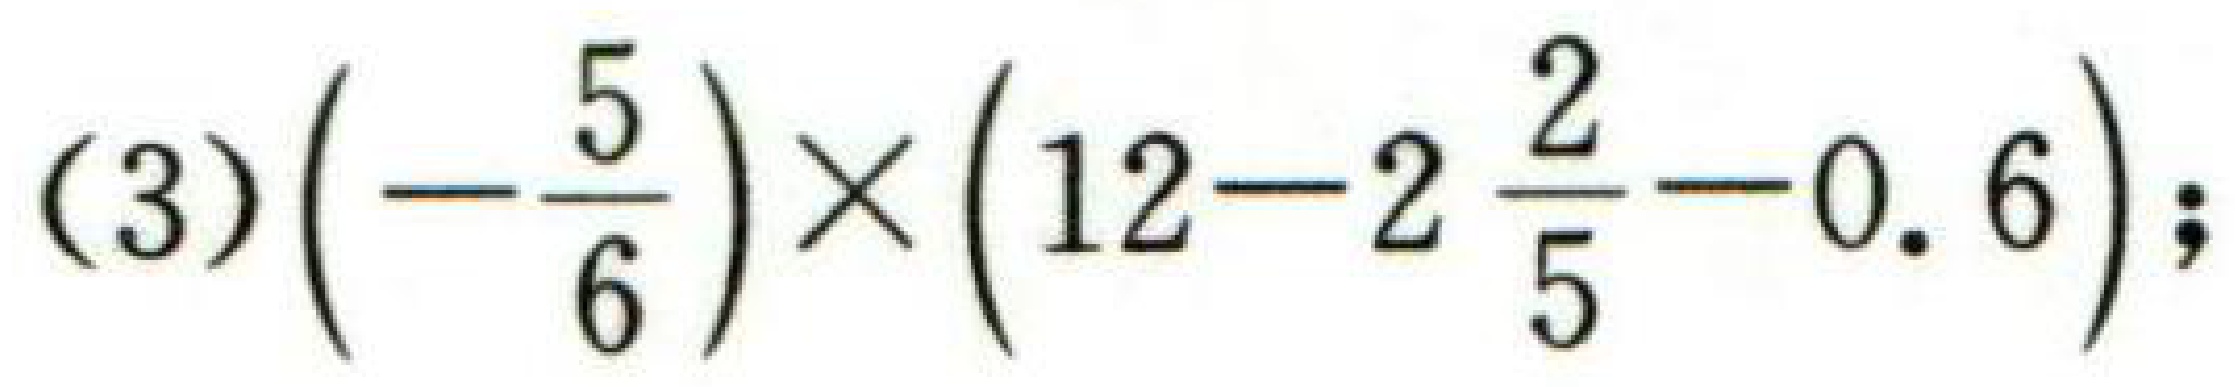
(3)\(\left(-\dfrac{5}{6}\right)\times\left(12 - 2\dfrac{2}{5}-0.6\right)\);